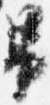
男